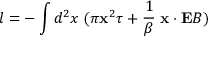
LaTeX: l = - \int d ^ { 2 } x \; ( \pi { \bf x } ^ { 2 } \tau + { \frac { 1 } { \beta } } \; { \bf x } \cdot { \bf E } B )